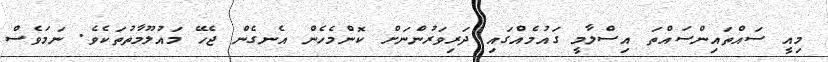
މިއީ ސައްތައިންސައްތަ އިސްލާމީ ގައުމެއްގައި ދަރިވަަރުންނަށް ކޮންމެހެން އެނގެން ޖެހޭ މައުލޫމާތުތަކެވެ. ނަމަވެސް